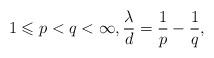
LaTeX: \begin{align*} 1\leqslant p<q<\infty, \frac\lambda d=\frac1p-\frac1q,\end{align*}